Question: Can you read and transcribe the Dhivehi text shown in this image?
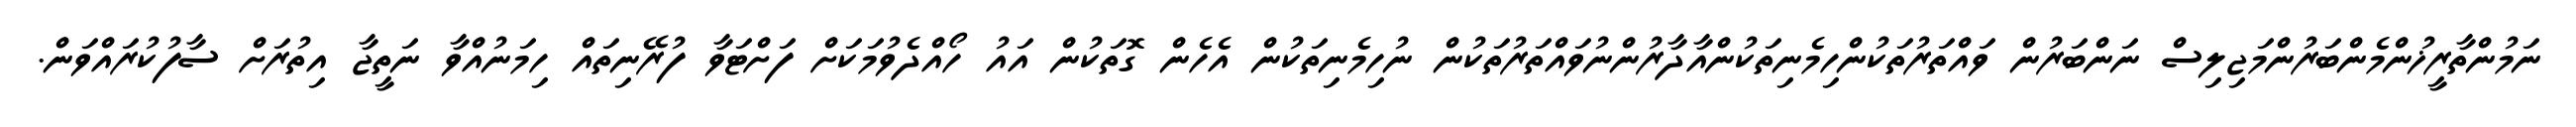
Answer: ނަމުންތާރީޚުންމެންބަރުންމަޖިލިސް ނަންބަރުން ވައްތަރުތަކުންހިމެނިތަކުންއާދާރުންނުވައްތަރުތަކުން ނުހިމެނިތަކުން އެހެން ގޮތަކުން އައު ހޯއްދެވުމަކަށް ފަށްޓަވާ ފުރޭނިތައް ހިމަނުއްވާ ނަތީޖާ އިތުރަށް ސާފުކުރައްވަން.